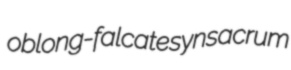
oblong-falcate synsacrum